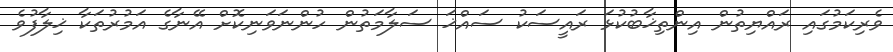
ވެރިކަމުގައި ރައްޔިތުން އިންތިޚާބުކުޅަ ރައީސަކު ސައްޚަ ސަލާމަތުން ހުންނަވަނިކޮށް އޭނާގެ އަމުރުތަކާ ޚިލާފުވެ